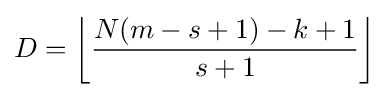
D=\left\lfloor {\frac {N(m-s+1)-k+1}{s+1}}\right\rfloor